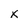
Character: x